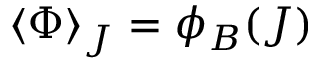
\langle \Phi \rangle _ { J } = \phi _ { B } ( J )